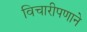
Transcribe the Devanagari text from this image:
विचारीपणाने